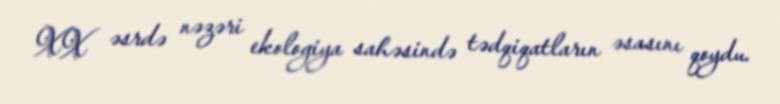
XX əsrdə nəzəri ekologiya sahəsində tədqiqatların əsasını qoydu.